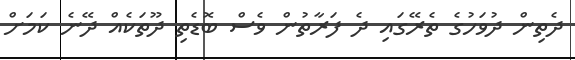
ދެތިން ދުވަހުގެ ތެރޭގައި ދެ ފަރާތުން ވެސް ބޮޑެތި ދޫތަކެއް ދޭނެ ކަމަށް